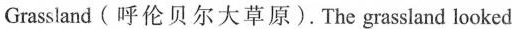
Grassland (呼伦贝尔大草原). The grassland looked